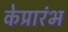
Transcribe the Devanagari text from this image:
केप्रारंभ